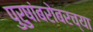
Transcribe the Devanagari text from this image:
पुरुषांबरोबरच्या